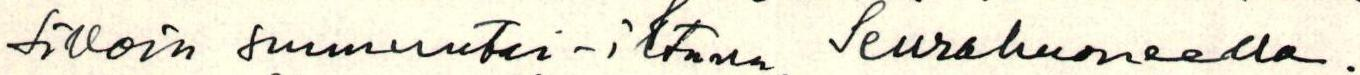
silloin sunnuntai-iltana Seurahuoneella.